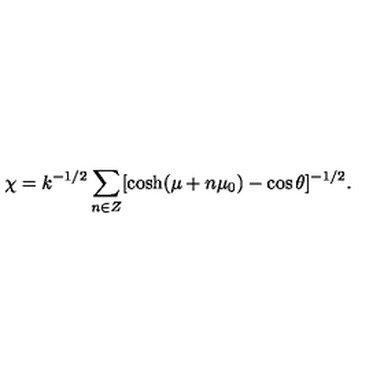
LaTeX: \chi = k ^ { - 1 / 2 } \sum _ { n \in Z } [ \cosh ( \mu + n \mu _ { 0 } ) - \cos \theta ] ^ { - 1 / 2 } .